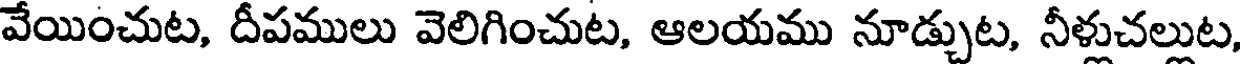
వేయించుట, దీపములు వెలిగించుట, ఆలయము నూడ్చుట, నీళ్లుచల్లుట